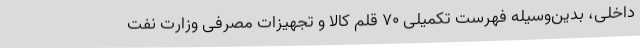
داخلی، بدین‌وسیله فهرست تکمیلی ۷۰ قلم کالا و تجهیزات مصرفی وزارت نفت